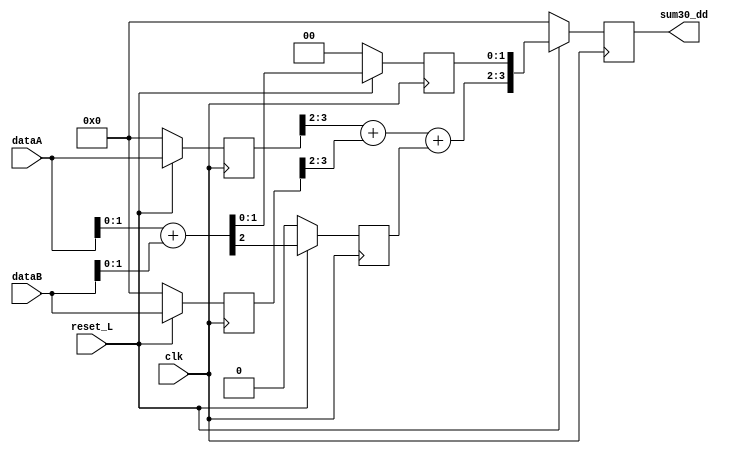
/**
*Universidad de Costa Rica - Escuela de Ingenieria Electrica
*Tarea #9 - IE-0523 - modulo sumador con pipeline
*@author Moiss Campos Zepeda.
*@date   22/06/2019
*@brief Modulo sumador un sumador que trabaja los segmentos menos significativas
*de ambos buses y los almacene en un flop. Luego, sume las partes ms
*significativas ms el acarreo de la suma anterior y los almacene en otro flop.
*/

module sum_pipe(
                input               clk,
                input               reset_L,
                input       [3:0]   dataA,
                input       [3:0]   dataB,
                output reg  [3:0]   sum30_dd 
                );

    //ffs
    reg [3:0] sum10, sum10_d, sum30_d;
    reg [3:0] data_A_d, data_B_d;
    reg acarreo, acarreo_d;

    //flags
    reg data_out;

    always@(*) begin
        if (!reset_L)begin
            acarreo = 'b0;
            sum30_d = 'b0;
            sum10   = 'b0; 
        end      
        //Etapa 1
        sum10 = dataA[1:0] + dataB[1:0];
        
        //Etapa2
        acarreo = sum10[2];
        sum30_d[3:2] = data_A_d[3:2] + data_B_d[3:2] + acarreo_d;
        sum30_d[1:0] = sum10_d[1:0];
    end

    
    
    always@( posedge clk )begin
        if (!reset_L)begin
            acarreo_d   <= 'b0;
            sum10_d     <= 'b0;
            data_A_d    <= 'b0;
            data_B_d    <= 'b0;
            sum30_dd    <= 'b0;
        end
        else begin
            data_out    <= 1;
        //Etapa 2
            data_A_d    <= dataA;          
            data_B_d    <= dataB;
            sum10_d     <= sum10;
            acarreo_d   <= acarreo;
        
        //Etapa3
        	sum30_dd <= sum30_d;
        end
    end
endmodule